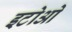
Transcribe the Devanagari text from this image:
इटोओ